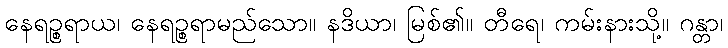
နေရဉ္စရာယ၊ နေရဉ္စရာမည်သော။ နဒိယာ၊ မြစ်၏။ တီရေ၊ ကမ်းနားသို့။ ဂန္တာ၊